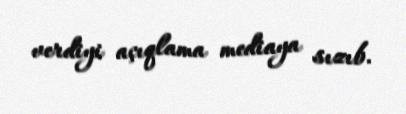
verdiyi açıqlama mediaya sızıb.